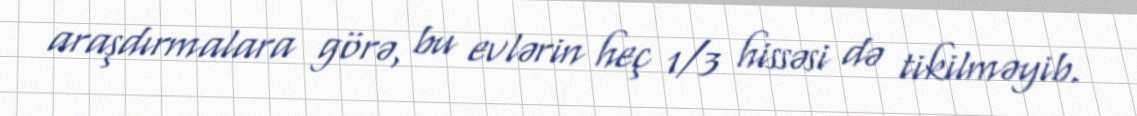
araşdırmalara görə, bu evlərin heç 1/3 hissəsi də tikilməyib.